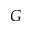
G